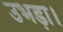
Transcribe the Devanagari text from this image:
उभड़ा।